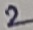
Text: 2